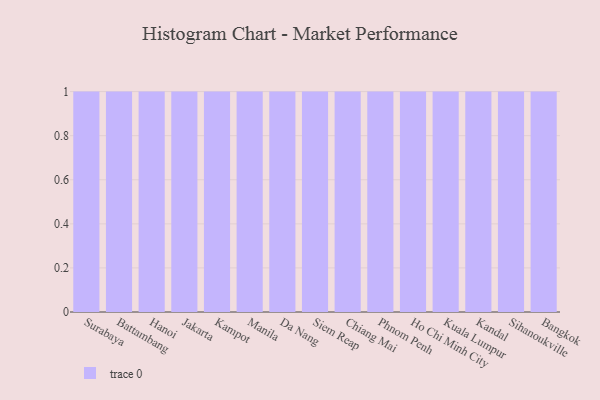
{"axis": {"x": "City", "y": "Bounce Rate (%)"}, "legend": [""], "data": [{"x": "Surabaya", "y": 16, "type": ""}, {"x": "Battambang", "y": 8, "type": ""}, {"x": "Hanoi", "y": 27, "type": ""}, {"x": "Jakarta", "y": 36, "type": ""}, {"x": "Kampot", "y": 43, "type": ""}, {"x": "Manila", "y": 63, "type": ""}, {"x": "Da Nang", "y": 8, "type": ""}, {"x": "Siem Reap", "y": 96, "type": ""}, {"x": "Chiang Mai", "y": 26, "type": ""}, {"x": "Phnom Penh", "y": 95, "type": ""}, {"x": "Ho Chi Minh City", "y": 54, "type": ""}, {"x": "Kuala Lumpur", "y": 5, "type": ""}, {"x": "Kandal", "y": 46, "type": ""}, {"x": "Sihanoukville", "y": 60, "type": ""}, {"x": "Bangkok", "y": 97, "type": ""}]}